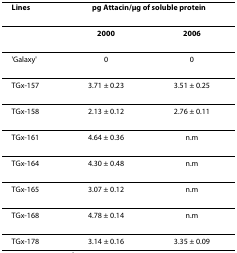
<table><thead><tr><td><b>Lines</b></td><td colspan="2"><b>pg Attacin/μg of soluble protein</b></td></tr></thead><tbody><tr><td></td><td><b>2000</b></td><td><b>2006</b></td></tr><tr><td>&#x27;Galaxy&#x27;</td><td>0</td><td>0</td></tr><tr><td>TGx-157</td><td>3.71 ± 0.23</td><td>3.51 ± 0.25</td></tr><tr><td>TGx-158</td><td>2.13 ± 0.12</td><td>2.76 ± 0.11</td></tr><tr><td>TGx-161</td><td>4.64 ± 0.36</td><td>n.m</td></tr><tr><td>TGx-164</td><td>4.30 ± 0.48</td><td>n.m</td></tr><tr><td>TGx-165</td><td>3.07 ± 0.12</td><td>n.m</td></tr><tr><td>TGx-168</td><td>4.78 ± 0.14</td><td>n.m</td></tr><tr><td>TGx-178</td><td>3.14 ± 0.16</td><td>3.35 ± 0.09</td></tr></tbody></table>